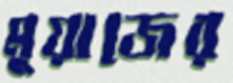
মুয়াজের